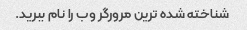
شناخته شده ترین مرورگر وب را نام ببرید.